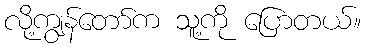
လို့ကျွန်တော်က သူ့ကို ပြောတယ်။